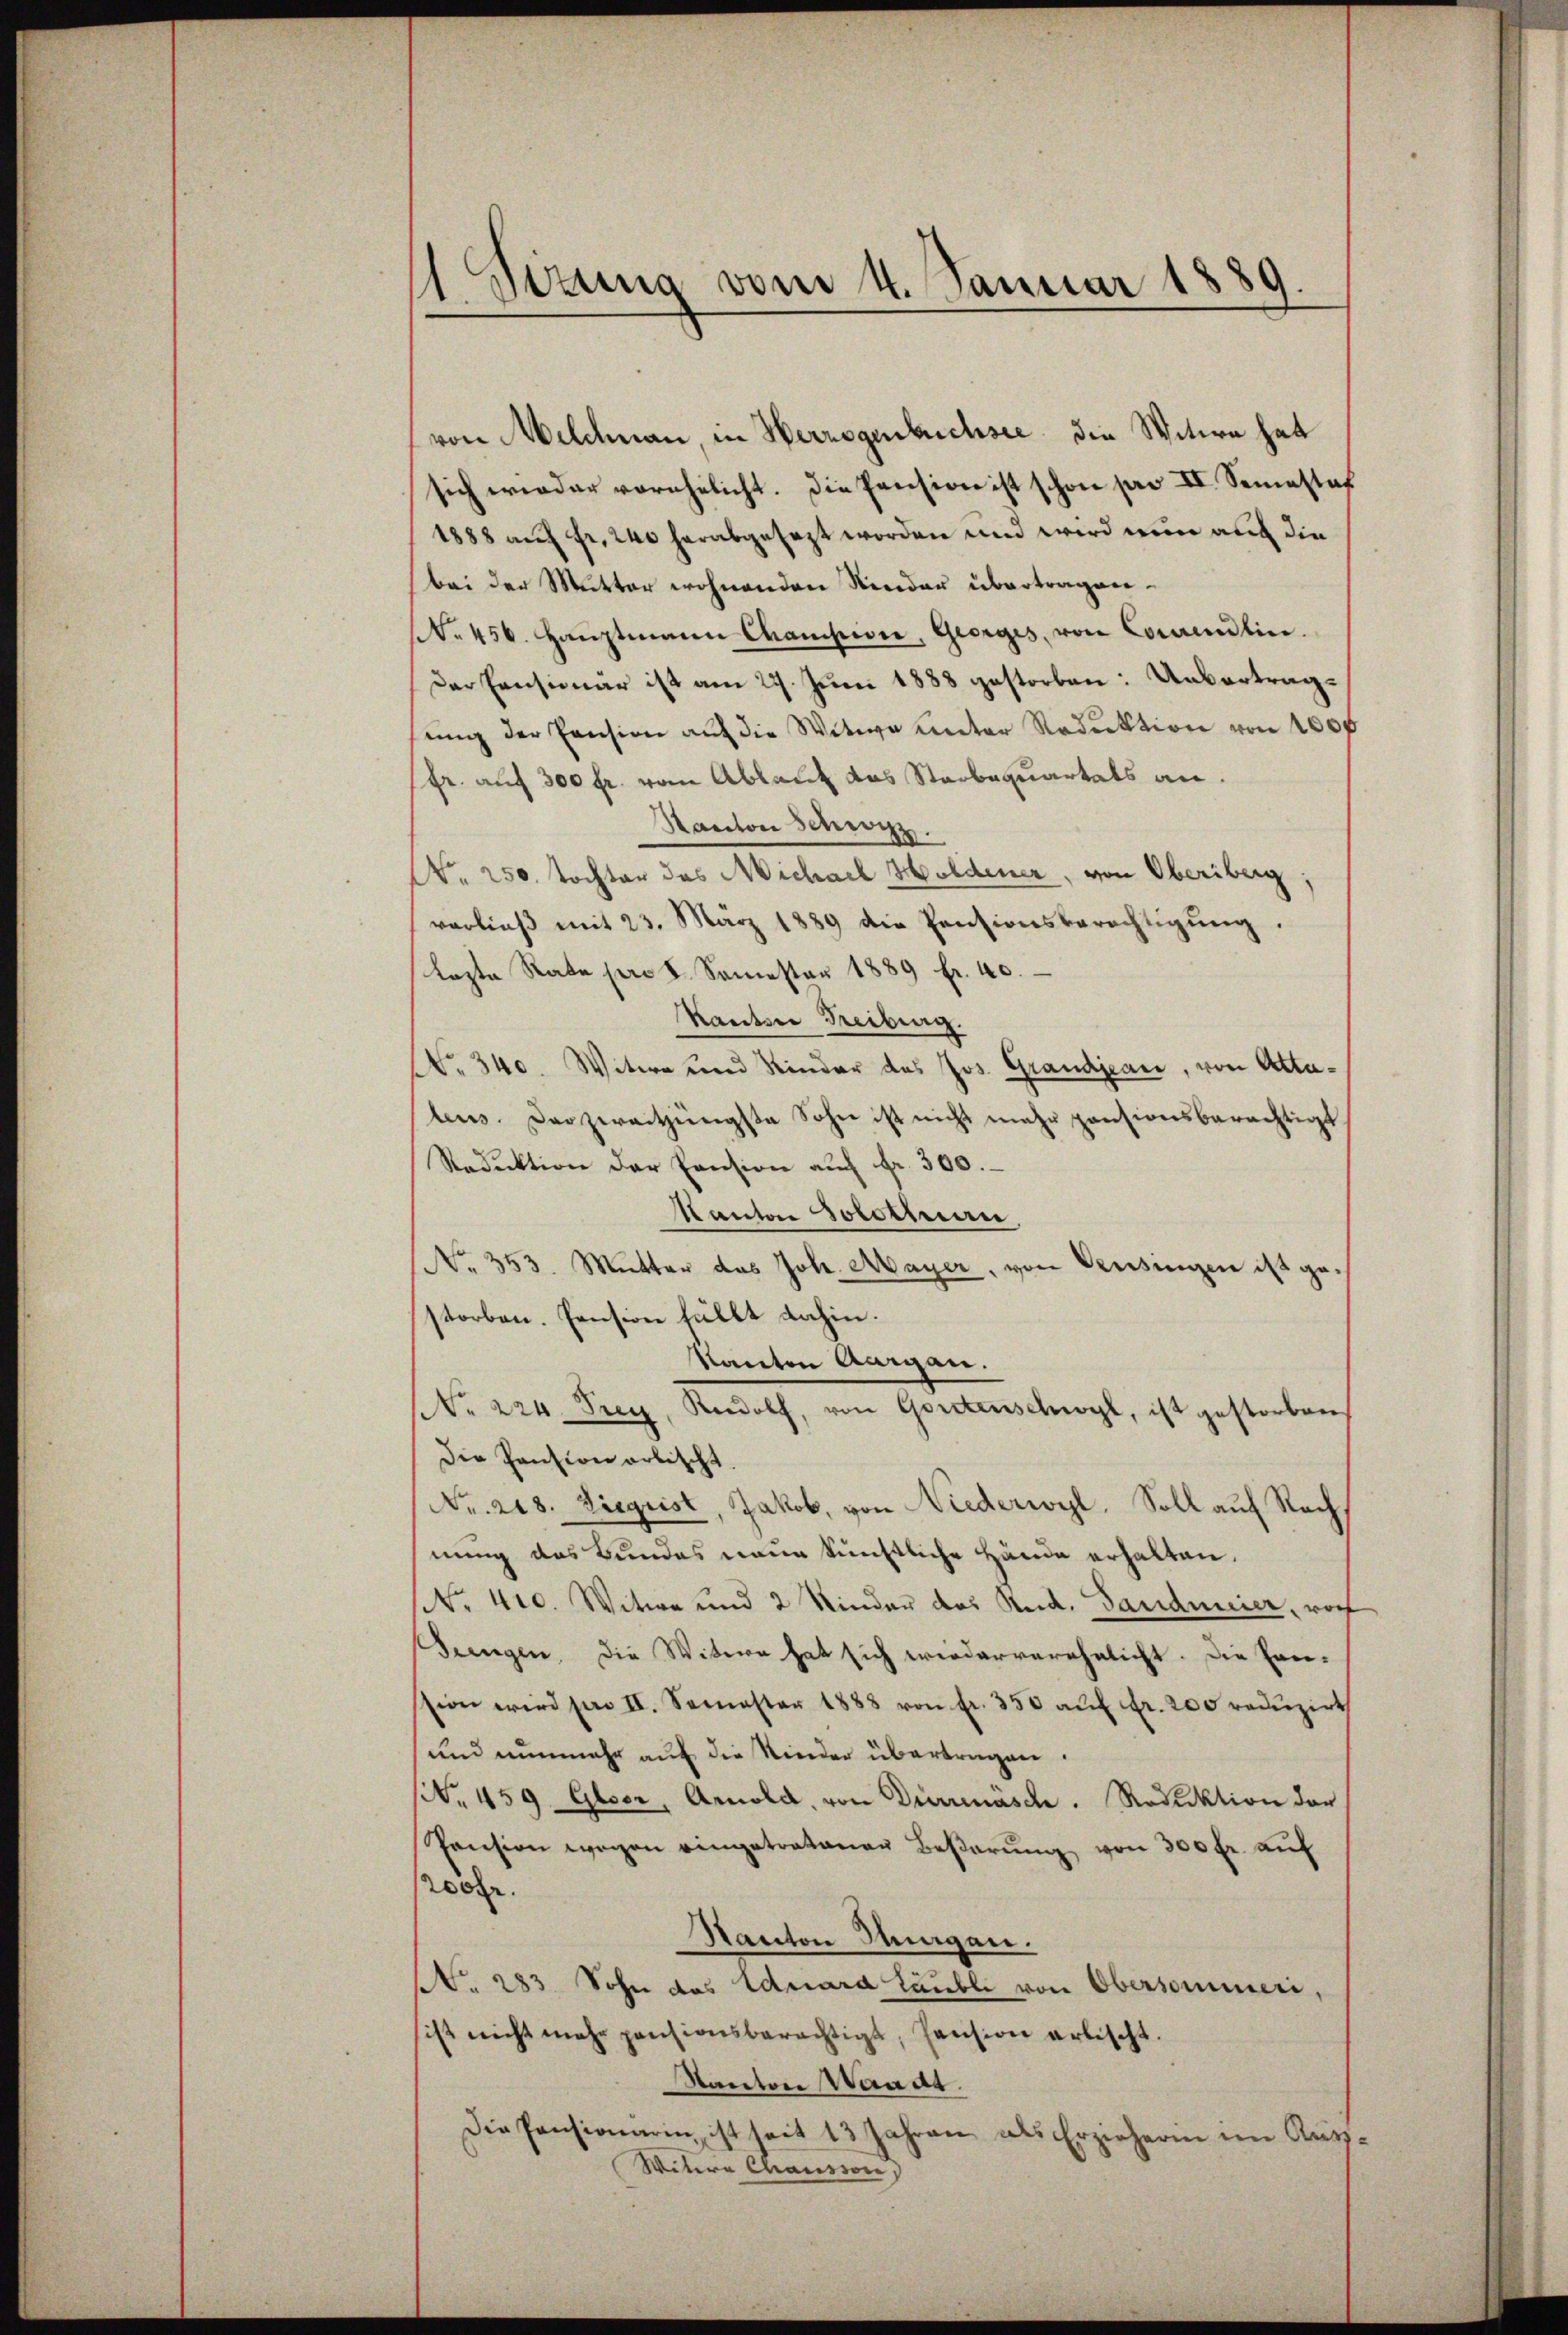
1 Vizung vom 4. Januar 1889.

von Welchnan, in Herzogenbuchsee die Witwe hat
sich wieder vorehelicht. Die Pension ist schon pro II. Semestof
1888 auf fr. 240 herabgesezt worden und wird nun auch die
bei der Mutter wohnenden Rinder übertragen.
No. 456. Haŭptmann Campion, Georges, von Correndlin.
Der Censionar ist am 27. Juni 1888 gestorben: Uebertragsŭng der Pension auf die Witwe unter Reduktion von 100f
fr. auf 300 fr. vom Ablauf das Staabequartals an.
Kanton Schwyz
Nr. 250. Tochter das Michael Holdener, von Oberiberg;
vorließ mit 23. März 1889 die Pensionsberechtigŭng.
lezte Rate pro 18. Semester 1889 fr. 40.
Kanton Treiburg.
No. 340. Witwe und Kinder das Jos. Grandjean, von Attateus. Darzereitzungste Sohn ist nicht mehr pensionsberechtigt
Reduktion der Pension auch Fr. 300.
Kanton Solotinen,
No. 353. Mutter das Joh. Mayer, von Pensingen ist g
storben. Pension fällt dahin.
Kanton Aargau.
(Nr. 224. Frey, Rudolf, von Gorstenschwyl, ist gestorben,
Die Pension arbischt
Nr. 218. Liegeist, Jakob, von Niederwyl, Soll auf Rechnung des Bundes neue künstliche Hände erhalten.
No. 410. Witwe und 2 Kinder das Rud. Sandmeier, von
Sengen. Die Witwen hat sich wiederverehelicht. Die Ereission wird pro II. Semester 1888 von fr. 350 aŭf fr. 200 reduzirt
und nunmehr auf die Kinder übertragen.
(S. 459. Geser, Arnold, von Diermasch. Reduktion der
Pension wegen eingetratanen Beβarŭng von 300 fr. auf
200fr.
Kanton Hungen.
No. 283. Sohn das Eduard Laubli von Obersammer,
ist nicht mehr pensionsberechtigt, Pension erlischt
Kanton Waadt.
Die Pensionarin, ist seit 13 Jahren als Erzieheren im Aus-
Witere Chaussore